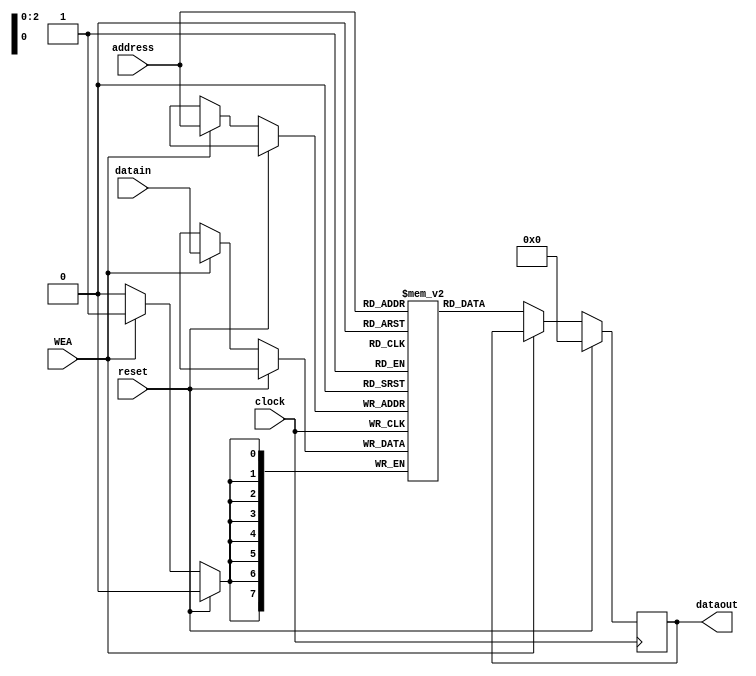

module MemoryA(dataout,datain,address,WEA,clock,reset);
output [7:0]dataout;
input [7:0]datain;
input [2:0]address;
input WEA,clock,reset;
reg [7:0]SRAM[7:0];
reg [7:0]dataout;

always@(posedge clock)
begin
if(reset)
begin
dataout <= 8'b00000000;
end
else if(WEA)
SRAM[address]<=datain;
else
dataout<=SRAM[address];
end
endmodule